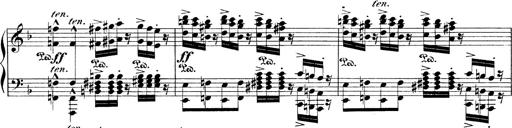
Title: Illustrations de l'opÃ©ra L'Africaine
Composer: Franz Liszt